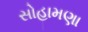
સોહામણા